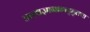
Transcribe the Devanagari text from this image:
तत्त्वज्ञानाबाद्द्लचा